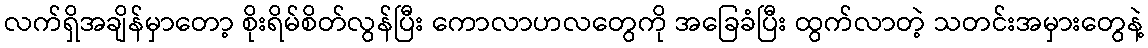
လက်ရှိအချိန်မှာတော့ စိုးရိမ်စိတ်လွန်ပြီး ကောလာဟလတွေကို အခြေခံပြီး ထွက်လာတဲ့ သတင်းအမှားတွေနဲ့